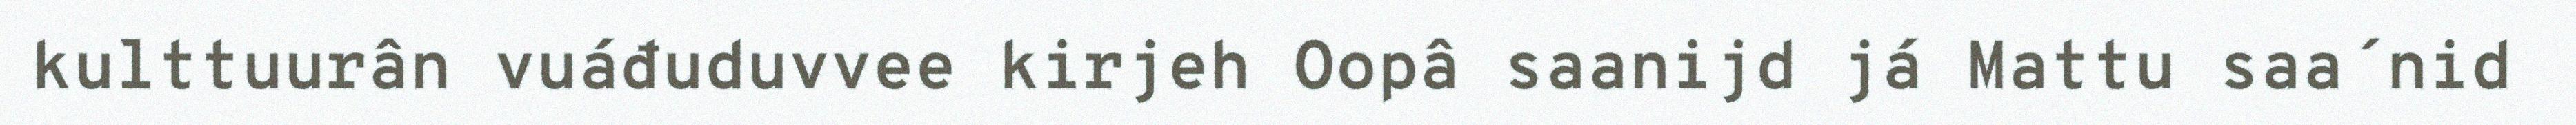
kulttuurân vuáđuduvvee kirjeh Oopâ saanijd já Mattu saa´nid